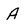
Character: A